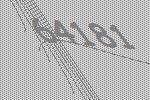
64181